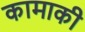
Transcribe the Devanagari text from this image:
कामाकी